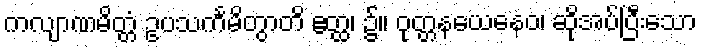
ကလျာဏမိတ္တံ ဥပသင်္ကမိတွာတိ ဧတ္ထ၊ ၌။ ဝုတ္တနယေနေဝ၊ ဆိုအပ်ပြီးသော